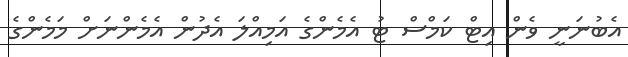
އެބުނަނީ ވެން އިޓް ކަމްސް ޓު އެމެންގެ އަމިއްލަ އެދުން އެމެންނަށް މަމެންގެ